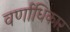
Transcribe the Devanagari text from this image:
वर्णाधिकार